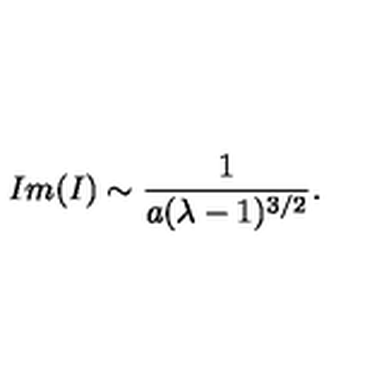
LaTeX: I m ( I ) \sim { \frac { 1 } { a ( \lambda - 1 ) ^ { 3 / 2 } } } .